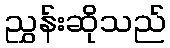
ညွှန်းဆိုသည်